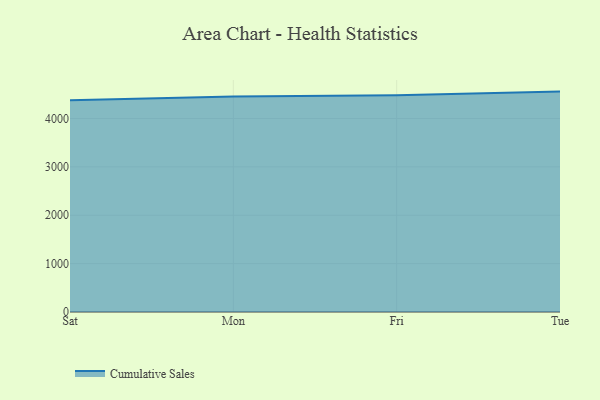
{"axis": {"x": "Day", "y": "Tickets Resolved"}, "legend": ["Cumulative Sales"], "data": [{"x": "Sat", "y": 4374.3, "type": "Cumulative Sales"}, {"x": "Mon", "y": 4453.8, "type": "Cumulative Sales"}, {"x": "Fri", "y": 4481.3, "type": "Cumulative Sales"}, {"x": "Tue", "y": 4555.1, "type": "Cumulative Sales"}]}